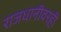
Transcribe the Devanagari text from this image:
राजधानीवरही